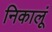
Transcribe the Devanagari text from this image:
निकालूं